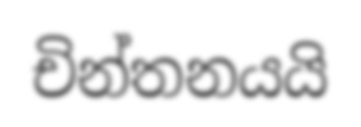
චින්තනයයි